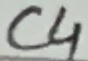
Text: C4